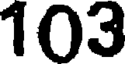
103